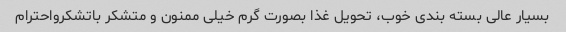
بسیار عالی بسته بندی خوب، تحویل غذا بصورت گرم خیلی ممنون و متشکر باتشکرواحترام